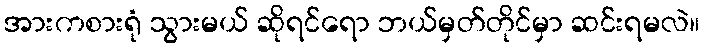
အားကစားရုံ သွားမယ် ဆိုရင်ရော ဘယ်မှတ်တိုင်မှာ ဆင်းရမလဲ။